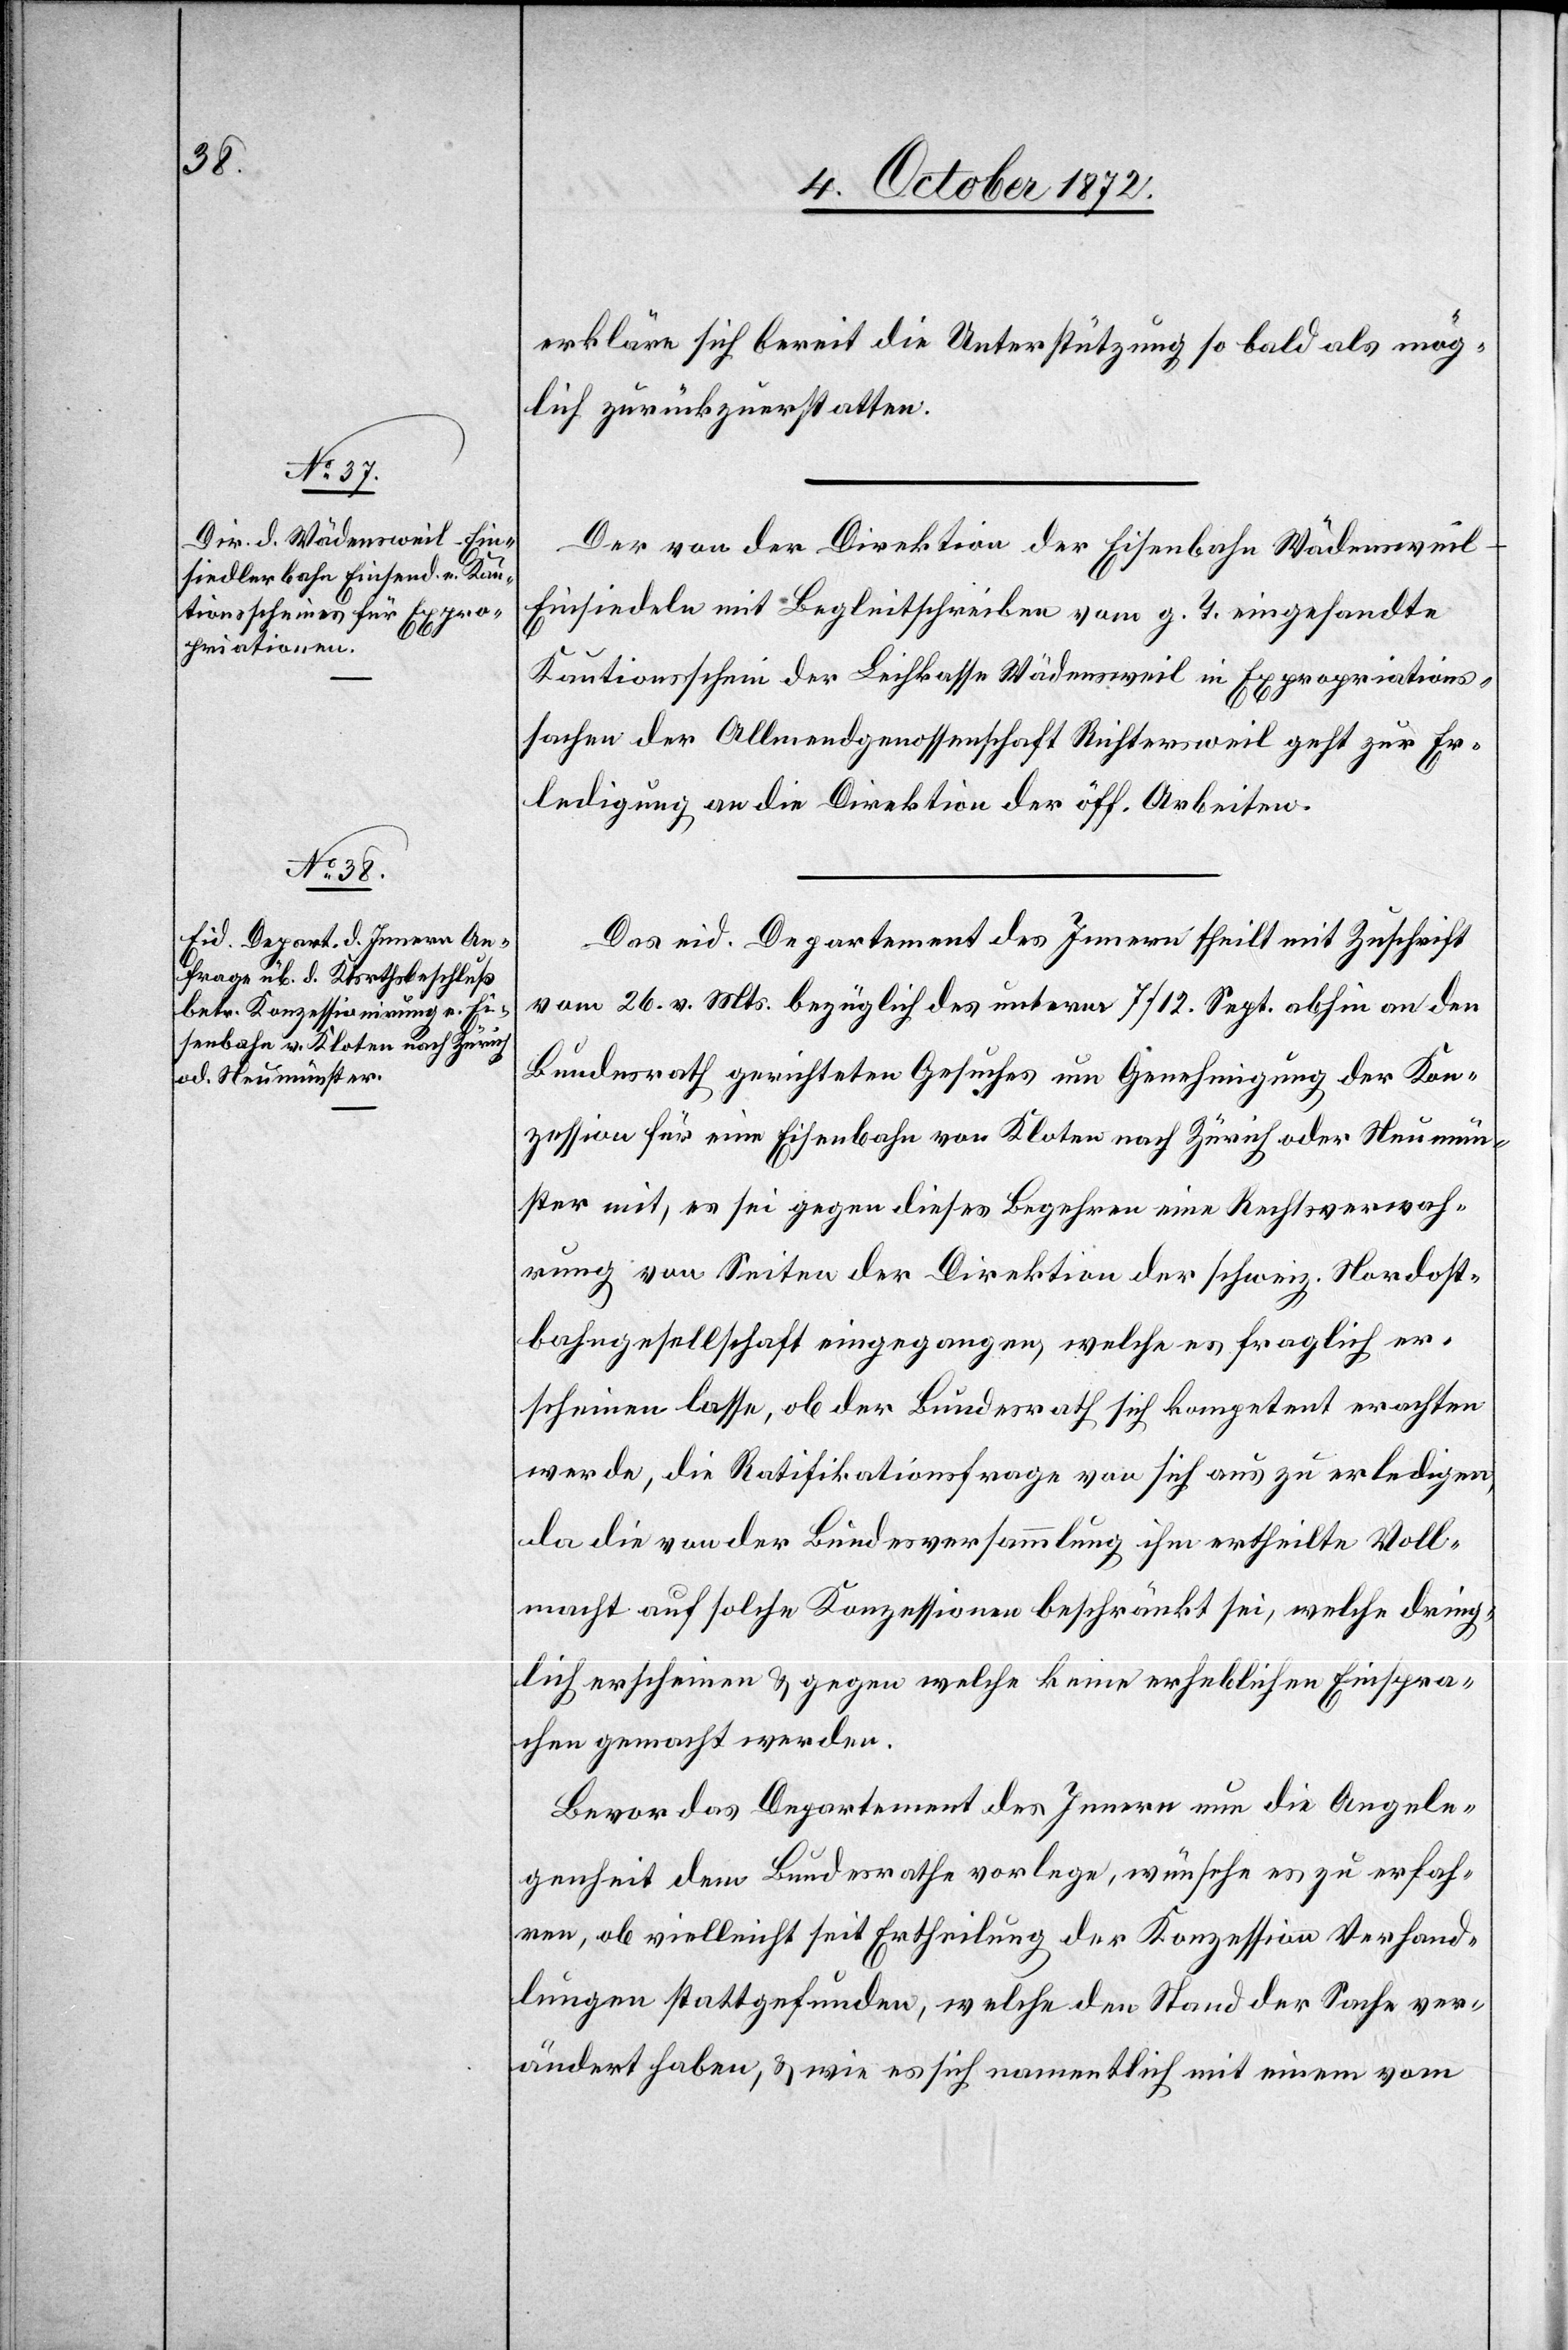
5. October 1872.]
erkläre sich bereit die Unterstützung so bald als mög¬
lich zurückzuerstatten.
Der von der Direktion der Eisenbahn Wädenswei¬
l–Einsiedeln mit Begleitschreiben vom g. T. eingesandte
Kautionsschein der Leihkasse Wädensweil in Expropriations¬
sachen der Allmendgenossenschaft Richtersweil geht zur Er¬
ledigung an die Direktion der öff. Arbeiten.
Das eid. Departement des Innern theilt mit Zuschrift
vom 26. v. Mts. bezüglich des unterm 7/12. Sept. abhin an den
Bundesrath gerichteten Gesuches um Genehmigung der Kon¬
zession für eine Eisenbahn von Kloten nach Zürich oder Neumün¬
ster mit, es sei gegen dieses Begehren eine Rechtsverwah¬
rung von Seiten der Direktion der schweiz. Nordost¬
bahngesellschaft eingegangen, welche es fraglich er¬
scheinen lasse, ob der Bundesrath sich kompetent erachten
werden, die Ratifikationsfrage von sich aus zu erledigen,
da die von der Bundesversammlung ihm ertheilte Voll¬
macht auf solche Konzessionen beschränkt sei, welche dring¬
lich erscheinen u. gegen welche keine erheblichen Einspra¬
chen gemacht werden.
Bevor das Departement des Innern nun die Angele¬
genheit dem Bundesrathe vorlege, wünsche es zu erfah¬
ren, ob vielleicht seit Ertheilung der Konzession Verhand¬
lungen stattgefunden, welche den Stand der Sache ver¬
ändert haben, u. wie es sich namentlich mit einem vom